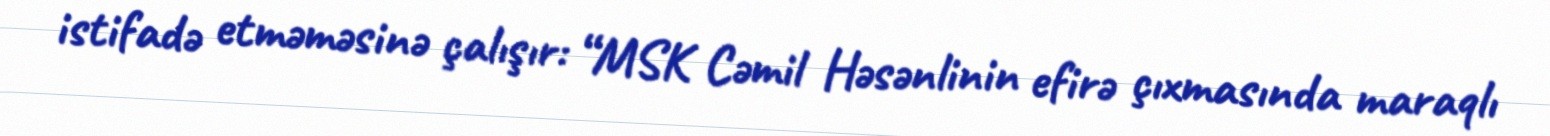
istifadə etməməsinə çalışır: “MSK Cəmil Həsənlinin efirə çıxmasında maraqlı